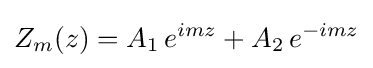
Z_{m}(z)=A_{1}\,e^{imz}+A_{2}\,e^{-imz}